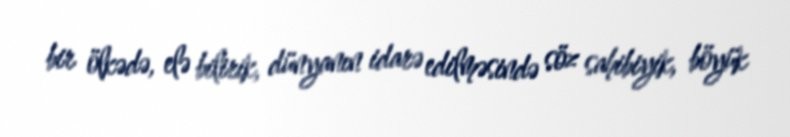
bir ölkədə, elə bilirik, dünyanın idarə edilməsində söz sahibiyik, böyük